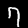
Digit: 7